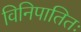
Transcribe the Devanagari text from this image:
विनिपातितः